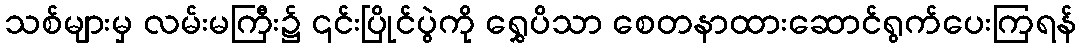
သစ်များမှ လမ်းမကြီး၌ ၎င်းပြိုင်ပွဲကို ရွှေပိသာ စေတနာထားဆောင်ရွက်ပေးကြရန်